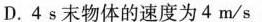
D.4s末物体的速度为4m/s